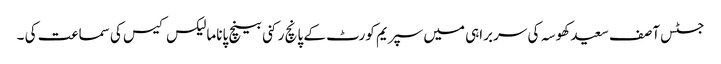
جسٹس آصف سعید کھوسہ کی سربراہی میں سپریم کورٹ کے پانچ رکنی بینچ پاناما لیکس کیس کی سماعت کی ۔